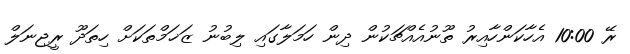
ރޭ 10:00 އެހާކަންހާއިރު ތޫނުއެއްޗަކުން ދިން ހަމަލާގައި ލިބުނު ޒަޚަމްތަކަށް ހިތަދޫ ރީޖިނަލް